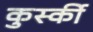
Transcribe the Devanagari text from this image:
कुर्स्की